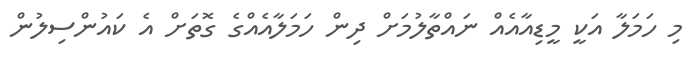
މި ހަމަލާ އަކީ މީޑިއާއެއް ނައްތާލުމަށް ދިން ހަމަލާއެއްގެ ގޮތަށް އެ ކައުންސިލުން